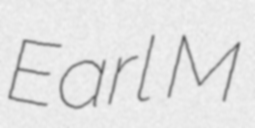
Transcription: Earl M